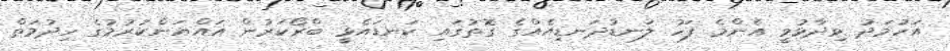
އަހުމަދު ވިދާޅުވީ އެންމެ ފަހު ލަނޑުދަނޑިއެއްގެ ގޮތުގައި ކަނޑައެޅީ ބްރޯކަރުން އައްޔަންކުރުމުގެ ހިދުމަތް